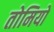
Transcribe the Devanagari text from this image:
तोमियो